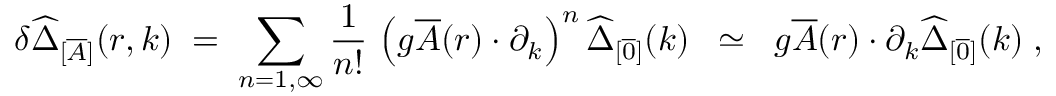
\delta \widehat { \Delta } _ { [ \overline { { { A } } } ] } ( r , k ) \; = \; \sum _ { n = 1 , \infty } \frac { 1 } { n ! } \, \left( g \overline { { { A } } } ( r ) \cdot \partial _ { k } \right) ^ { n } \widehat { \Delta } _ { [ \overline { { { 0 } } } ] } ( k ) \; \; \simeq \; \; g \overline { { { A } } } ( r ) \cdot \partial _ { k } \widehat { \Delta } _ { [ \overline { { { 0 } } } ] } ( k ) \; ,